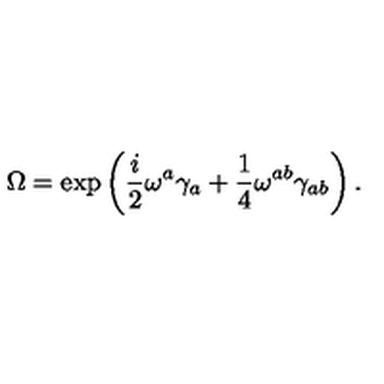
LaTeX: \Omega = \exp \left( \frac { i } { 2 } \omega ^ { a } \gamma _ { a } + \frac { 1 } { 4 } \omega ^ { a b } \gamma _ { a b } \right) .